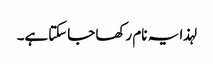
لہذا یہ نام رکھا جاسکتاہے۔